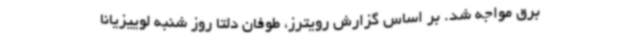
برق مواجه شد. بر اساس گزارش رویترز، طوفان دلتا روز شنبه لوییزیانا